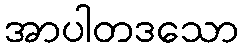
အာပါတဒသော